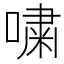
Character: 嘨